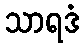
သာရဒံ